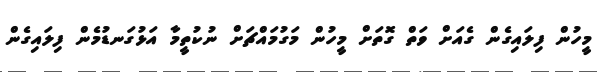
މީހުން ފިލައިގެން ގެެއަށް ވަތް ގޮތަށް މީހުން މަގުމައްޗަށް ނުކުތީމާ އަޅުގަނޑުމެން ފިލައިގެން